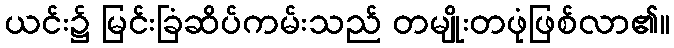
ယင်း၌ မြင်းခြံဆိပ်ကမ်းသည် တမျိုးတဖုံဖြစ်လာ၏။